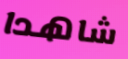
شاهدا